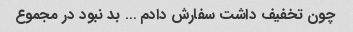
چون تخفیف داشت سفارش دادم … بد نبود در مجموع